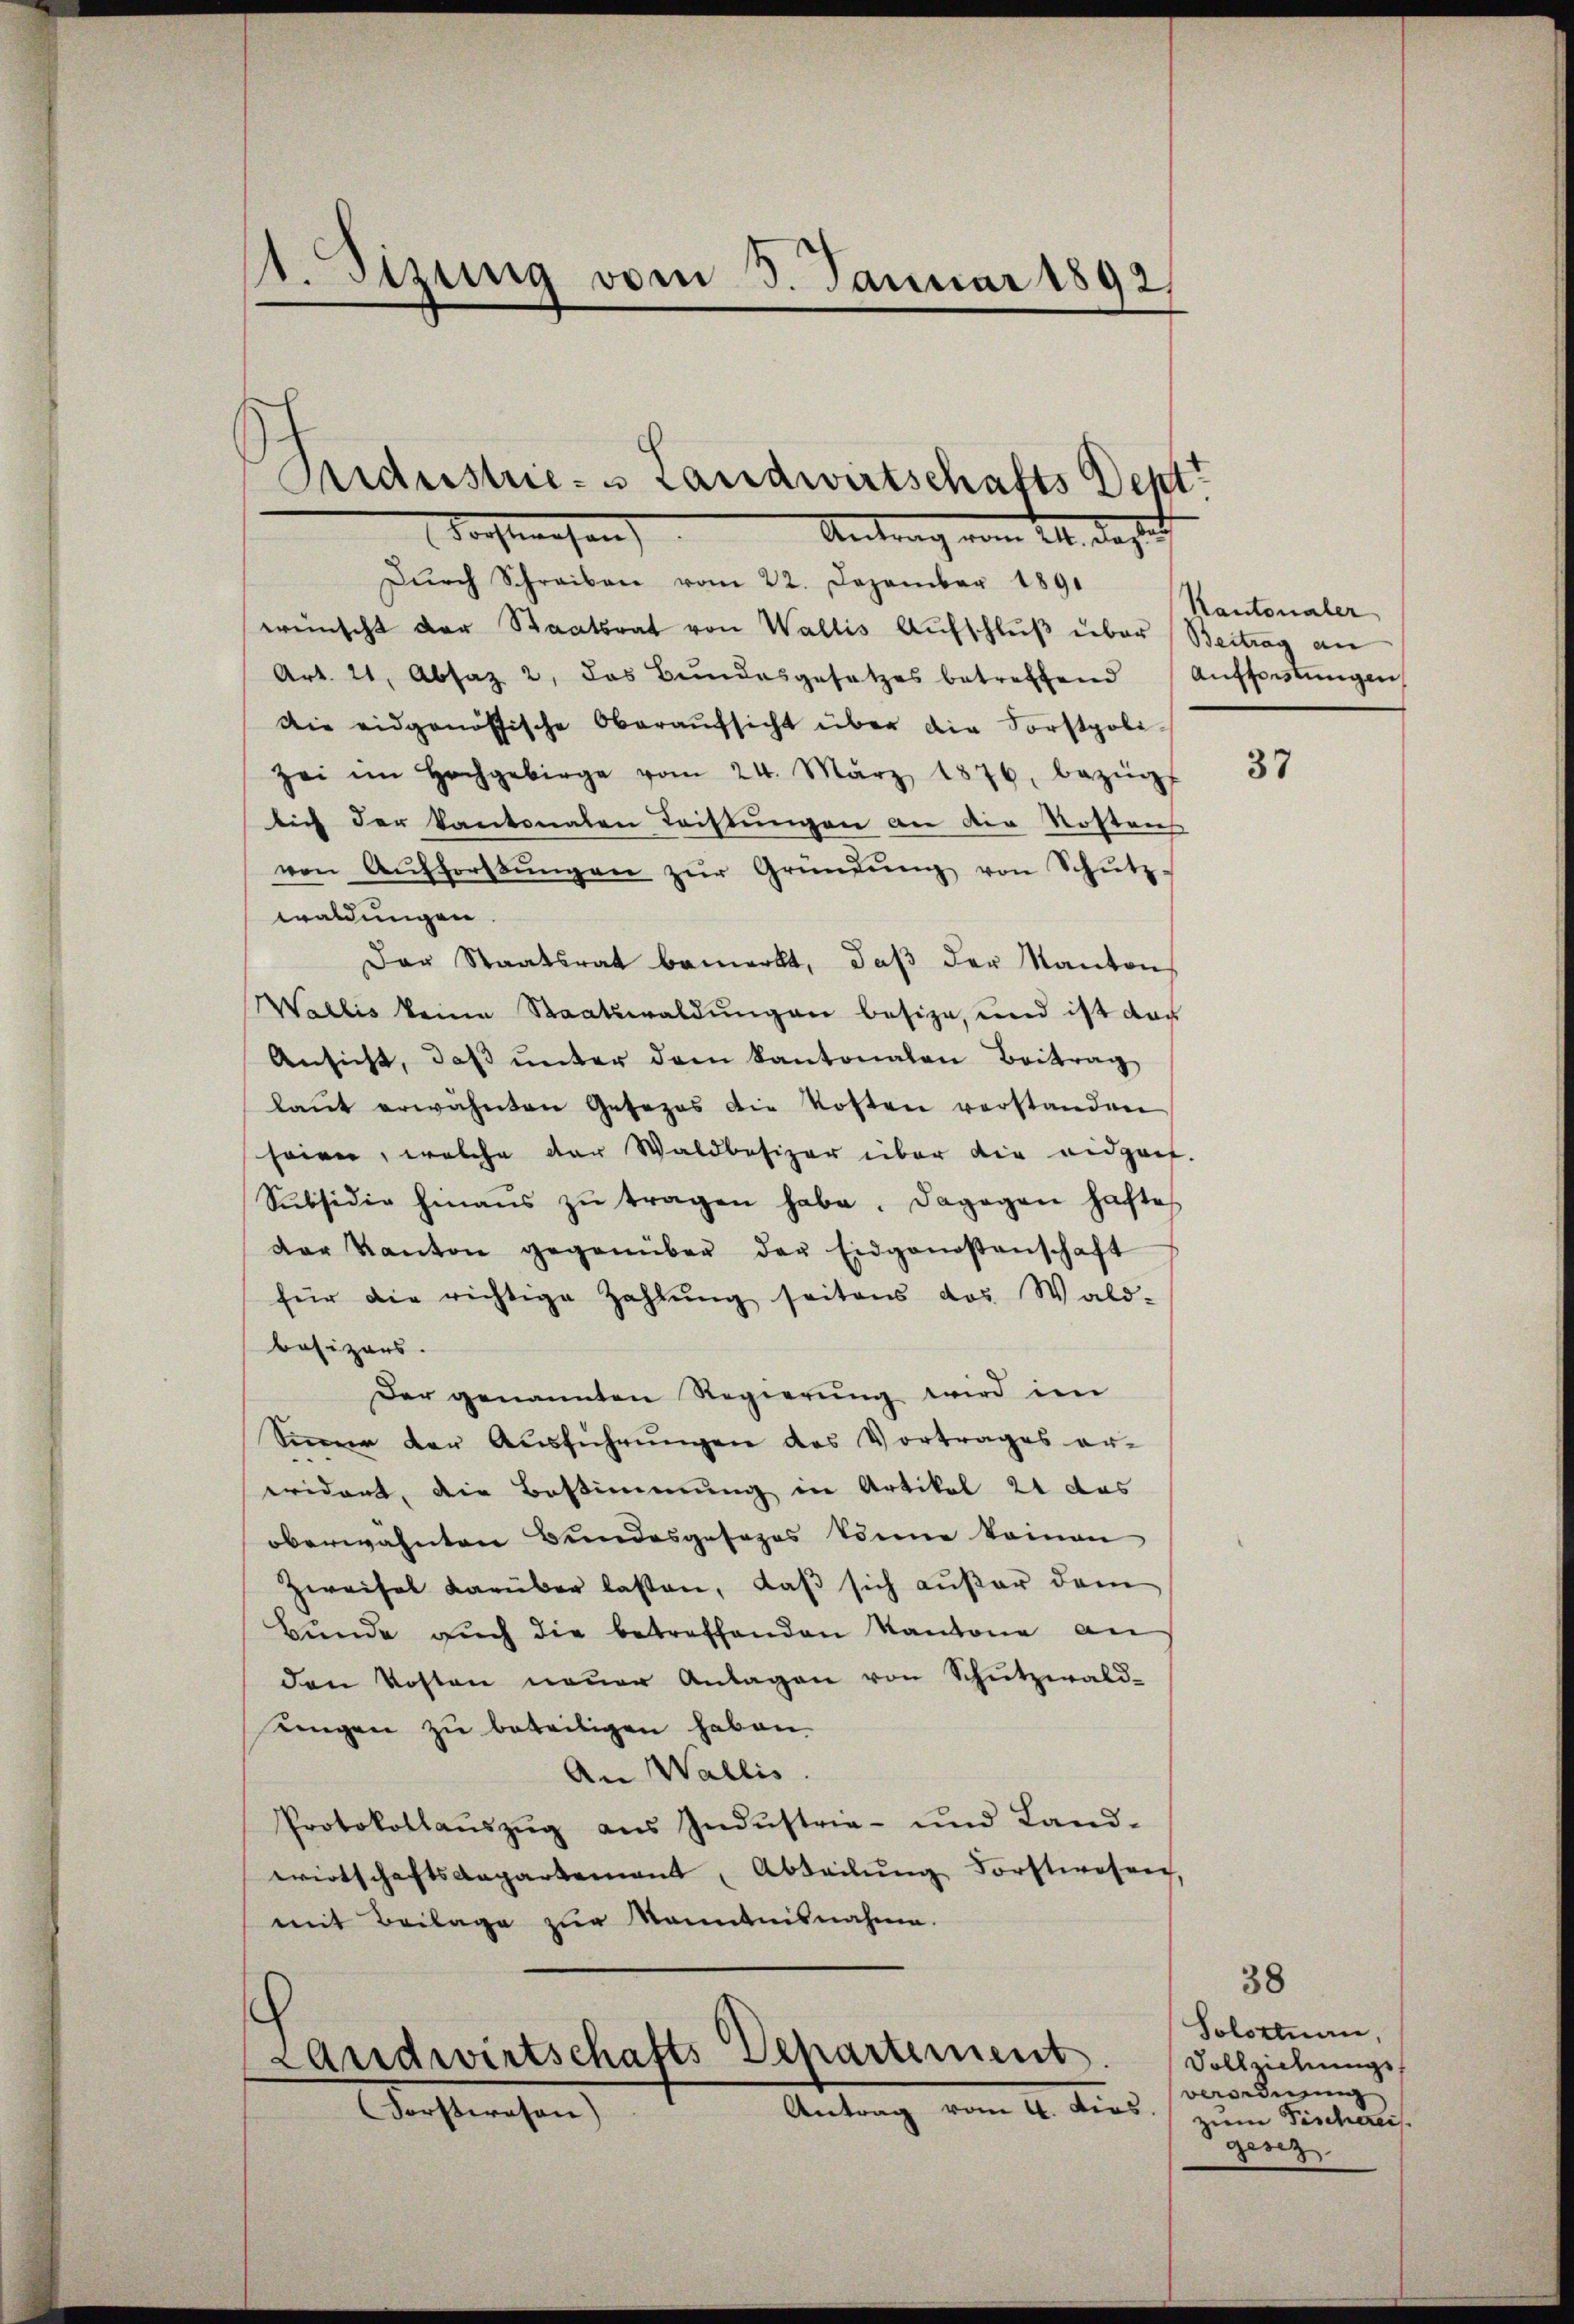
.Stzung vom 3. Januar 1892

Dŭrch Schreiben vom 22. Dezember 1891
wünscht der Staatsrat von Wallis Aufschluß über Beitrag an
Art. 21, Absaz 2, das Bŭndesgesetzes betreffend Aufforstŭngen
Die eidgenössische Oberaŭfsicht über die Forstpoli-
zei im Hochgebirge vom 24. März 1876. bezüg
lich der Kantonalen Leistungen an die Rostens
von Aufforstŭngen zŭr Gründŭng von Schütz-
waldungen.
Der Staatsrat bemerkt, daβ der Kanton
Wallis keine Staatswaldungen besize, und ist das
Ansicht, daβ ŭnter dem Kantonalen Beitrag
laŭt erwähnten Gesezes die Kosten verstanden
seirer, welche der Waldbesizer über die eidgant.
Subsidio hinaŭs zŭ tragen habe. Dagegen hafte
der Kanton gegenüber der Eidgenossenschaft
für die richtige Zahlŭng seitens das Wald-
besizers.
Der genannten Regierŭng wird im
Sinne der Aŭsführŭngen des Vortrages er-
evident, die Bestimmung in Artikel 21 das
oberwähnten Bundesgesezes könne keinen
Zweifel darüber lassen, daβ sich außer dem
Bunde auch die betreffenden Kantone an
den Kosten neuer Antagen von Schutzwald-
ningen zu beteiligen haben.
An Wallis.
Protokollaŭszŭg aŭs Indŭstrie- und Land-
wirtschaftsangartement, Abteilŭng Forstwesen,
mit Beilage zur Kenntnisnahme.

Aidustrie- & Landwirtschafts Dept
Tochtswesen
Antrag vom 11. dazu

.
Departement.
Landwirtschafts
Antrag vom 4. dies
Forsteresen

Kantonaler

37

38
Solottuan,
Vollziehungsverordnung
zum Fischereis.
gesez